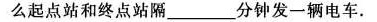
么起点站和终点站隔___分钟发一辆电车.